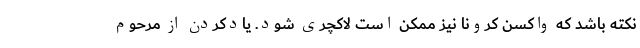
نکته باشد که واکسن کرونا نیز ممکن است لاکچری شود. یادکردن از مرحوم